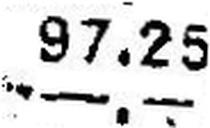
—.—